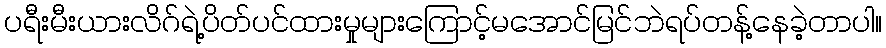
ပရီးမီးယားလိဂ်ရဲ့ပိတ်ပင်ထားမှုများကြောင့်မအောင်မြင်ဘဲရပ်တန့်နေခဲ့တာပါ။